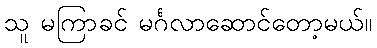
သူ မကြာခင် မင်္ဂလာဆောင်တော့မယ်။